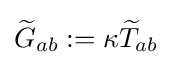
{\widetilde {G}}_{ab}:=\kappa {\widetilde {T}}_{ab}